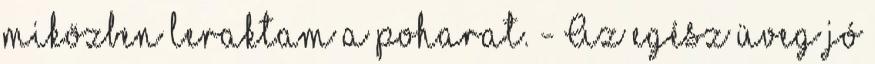
miközben leraktam a poharat. - Az egész üveg jó